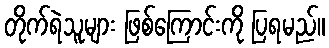
တိုက်ရဲသူများ ဖြစ်ကြောင်းကို ပြရမည်။